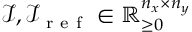
\mathcal { I } , \mathcal { I } _ { \mathrm { ~ r ~ e ~ f ~ } } \in \mathbb { R } _ { \ge 0 } ^ { n _ { x } \times n _ { y } }